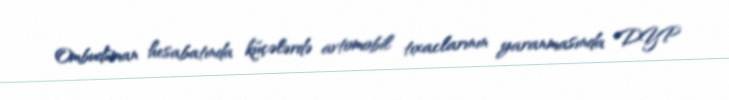
Ombudsman hesabatında küçələrdə avtomobil tıxaclarının yaranmasında DYP